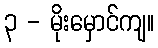
၃ - မိုးမှောင်ကျ။